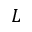
L